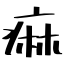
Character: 痲